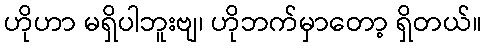
ဟိုဟာ မရှိပါဘူးဗျ၊ ဟိုဘက်မှာတော့ ရှိတယ်။